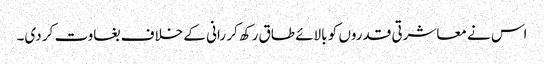
اس نے معاشرتی قدروں کو بالائے طاق رکھ کر رانی کے خلاف بغاوت کر دی۔